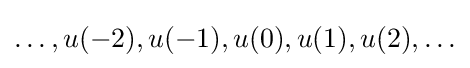
\ldots ,u(-2),u(-1),u(0),u(1),u(2),\ldots